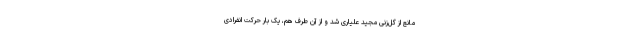
مانع از گل‌زنی مجید علیاری شد و از آن طرف هم، یک بار حرکت انفرادی